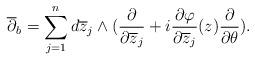
LaTeX: \begin{align*} \overline\partial_b=\sum^n_{j=1}d\overline z_j\wedge(\frac{\partial}{\partial\overline z_j}+i\frac{\partial\varphi}{\partial\overline z_j}(z)\frac{\partial}{\partial\theta}).\end{align*}